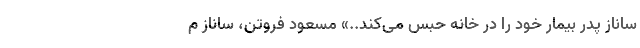
ساناز پدر بیمار خود را در خانه حبس می‌کند..» مسعود فروتن، ساناز م